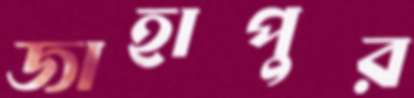
জাহাপুর